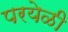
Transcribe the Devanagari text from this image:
परयेळी